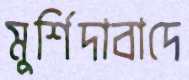
মুর্শিদাবাদে